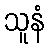
သူနံ